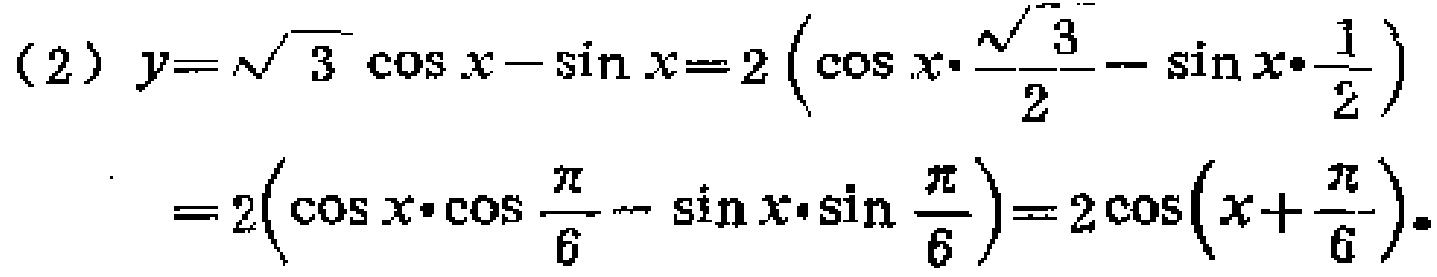
\[
\begin{align*}
(2)\ y&=\sqrt{3}\cos x - \sin x = 2\left(\cos x\cdot\frac{\sqrt{3}}{2}-\sin x\cdot\frac{1}{2}\right)\\
&=2\left(\cos x\cdot\cos\frac{\pi}{6}-\sin x\cdot\sin\frac{\pi}{6}\right)=2\cos\left(x + \frac{\pi}{6}\right).
\end{align*}
\]